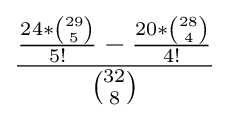
{\frac {{\frac {24*{\binom {29}{5}}}{5!}}-{\frac {20*{\binom {28}{4}}}{4!}}}{\binom {32}{8}}}